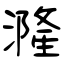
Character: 漋